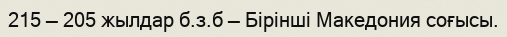
215 — 205 жылдар б.з.б — Бірінші Македония соғысы.